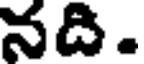
నది.